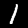
Digit: 1